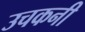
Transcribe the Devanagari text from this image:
उचकनी